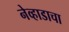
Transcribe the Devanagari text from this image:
नेव्हाडाचा